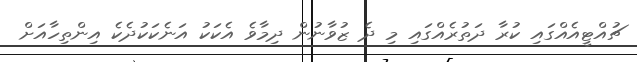
ޗުއްޓީއެއްގައި ކުރާ ދަތުރެއްގައި މި ދެ ޒުވާނުން ދިމާވެ އެކަކު އަނެކަކުދެކެ އިންތިހާއަށް